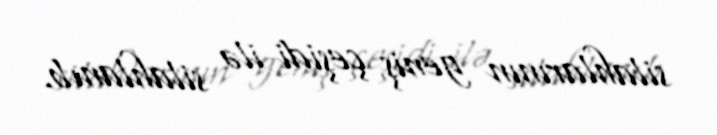
silahlarının geniş çeşidi ilə silahlanıb.